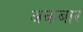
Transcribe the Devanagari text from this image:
अकबार